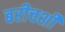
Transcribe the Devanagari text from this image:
बरीचशीं